Leaving Certificate Examination (including Day School Certificate (Higher) General paper), 1936
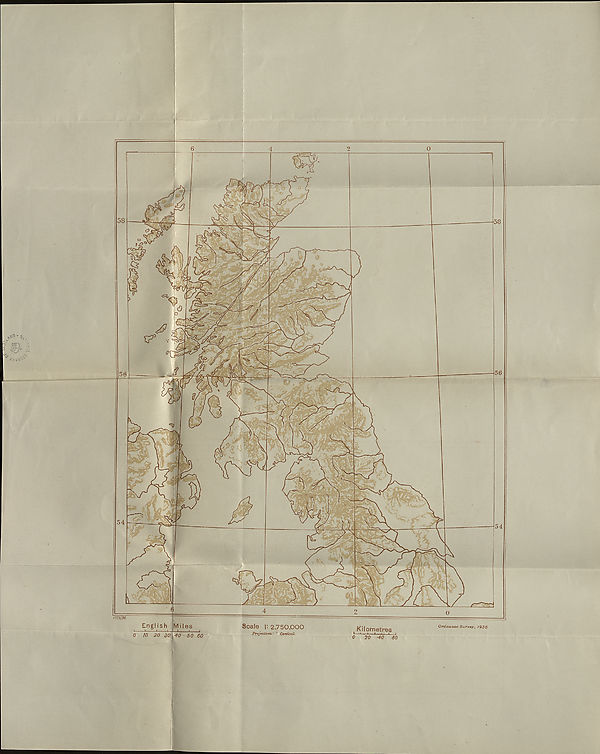
LOWER GEOG.
(MAPS.)
LEAVING CERTIFICATE EXAMINATION, 1936.
SCIENCE.
LOWEE CEA.EB—(GhEOGKR^EHY).
MAPS.
I
FILL THIS IN FIRST.
Name of School
Name of Pupil-
TO BE PINNED INSIDE THE CANDIDATE’S BOOK OF ANSWERS
AND THUS SENT TO THE DEPARTMENT.
[OVER,